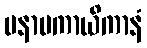
မနာပကာယိကာနံ